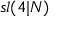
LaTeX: { \mathfrak { s l } } ( 4 | N )